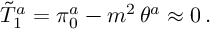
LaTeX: \tilde { T } _ { 1 } ^ { a } = \pi _ { 0 } ^ { a } - m ^ { 2 } \, \theta ^ { a } \approx 0 \, .